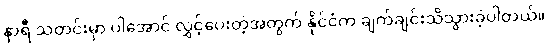
နာရီ သတင်းမှာ ပါအောင် လွှင့်ပေးတဲ့အတွက် နိုင်ငံက ချက်ချင်းသိသွားခဲ့ပါတယ်။